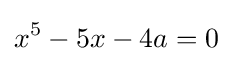
x^{5}-5x-4a=0